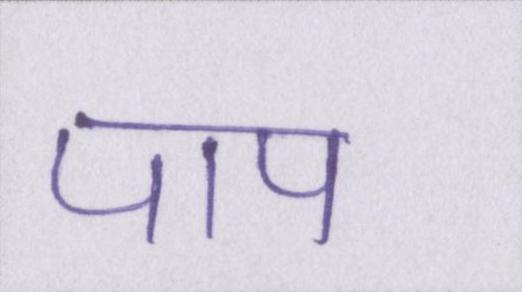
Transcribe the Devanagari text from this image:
पाप